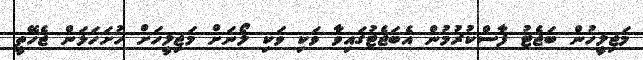
މަޖިލީހުން ބަޖެޓު ފާސްކުރުމުން އެބަޖެޓުގައިވާ ވަކި ވަކި ލޯނަށް މަޖިލީހަށް ހުށަހަޅަން ޖެހޭތީ